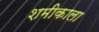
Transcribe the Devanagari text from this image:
शमीकाला